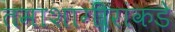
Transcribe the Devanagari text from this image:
तमाशागीरांकडे